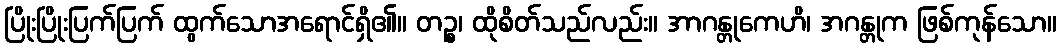
ပြိုးပြိုးပြက်ပြက် ထွက်သောအရောင်ရှိ၏။ တဉ္စ၊ ထိုစိတ်သည်လည်း။ အာဂန္တုကေဟိ၊ အဂန္တုက ဖြစ်ကုန်သော။